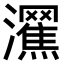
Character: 𤄩